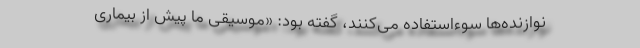
نوازنده‌ها سوءاستفاده می‌کنند، گفته بود: «موسیقی ما پیش از بیماری